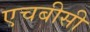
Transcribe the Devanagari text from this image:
एचबीसी